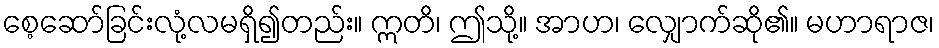
စေ့ဆော်ခြင်းလုံ့လမရှိ၍တည်း။ ဣတိ၊ ဤသို့။ အာဟ၊ လျှောက်ဆို၏။ မဟာရာဇ၊